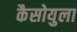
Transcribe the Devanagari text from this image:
कैसोयुला